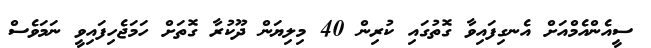
ސީއެންއެމްއަށް އެނގިފައިވާ ގޮތުގައި ކުރިން 40 މިލިޔަން ދޫކުރާ ގޮތަށް ހަމަޖެހިފައިވީ ނަމަވެސް